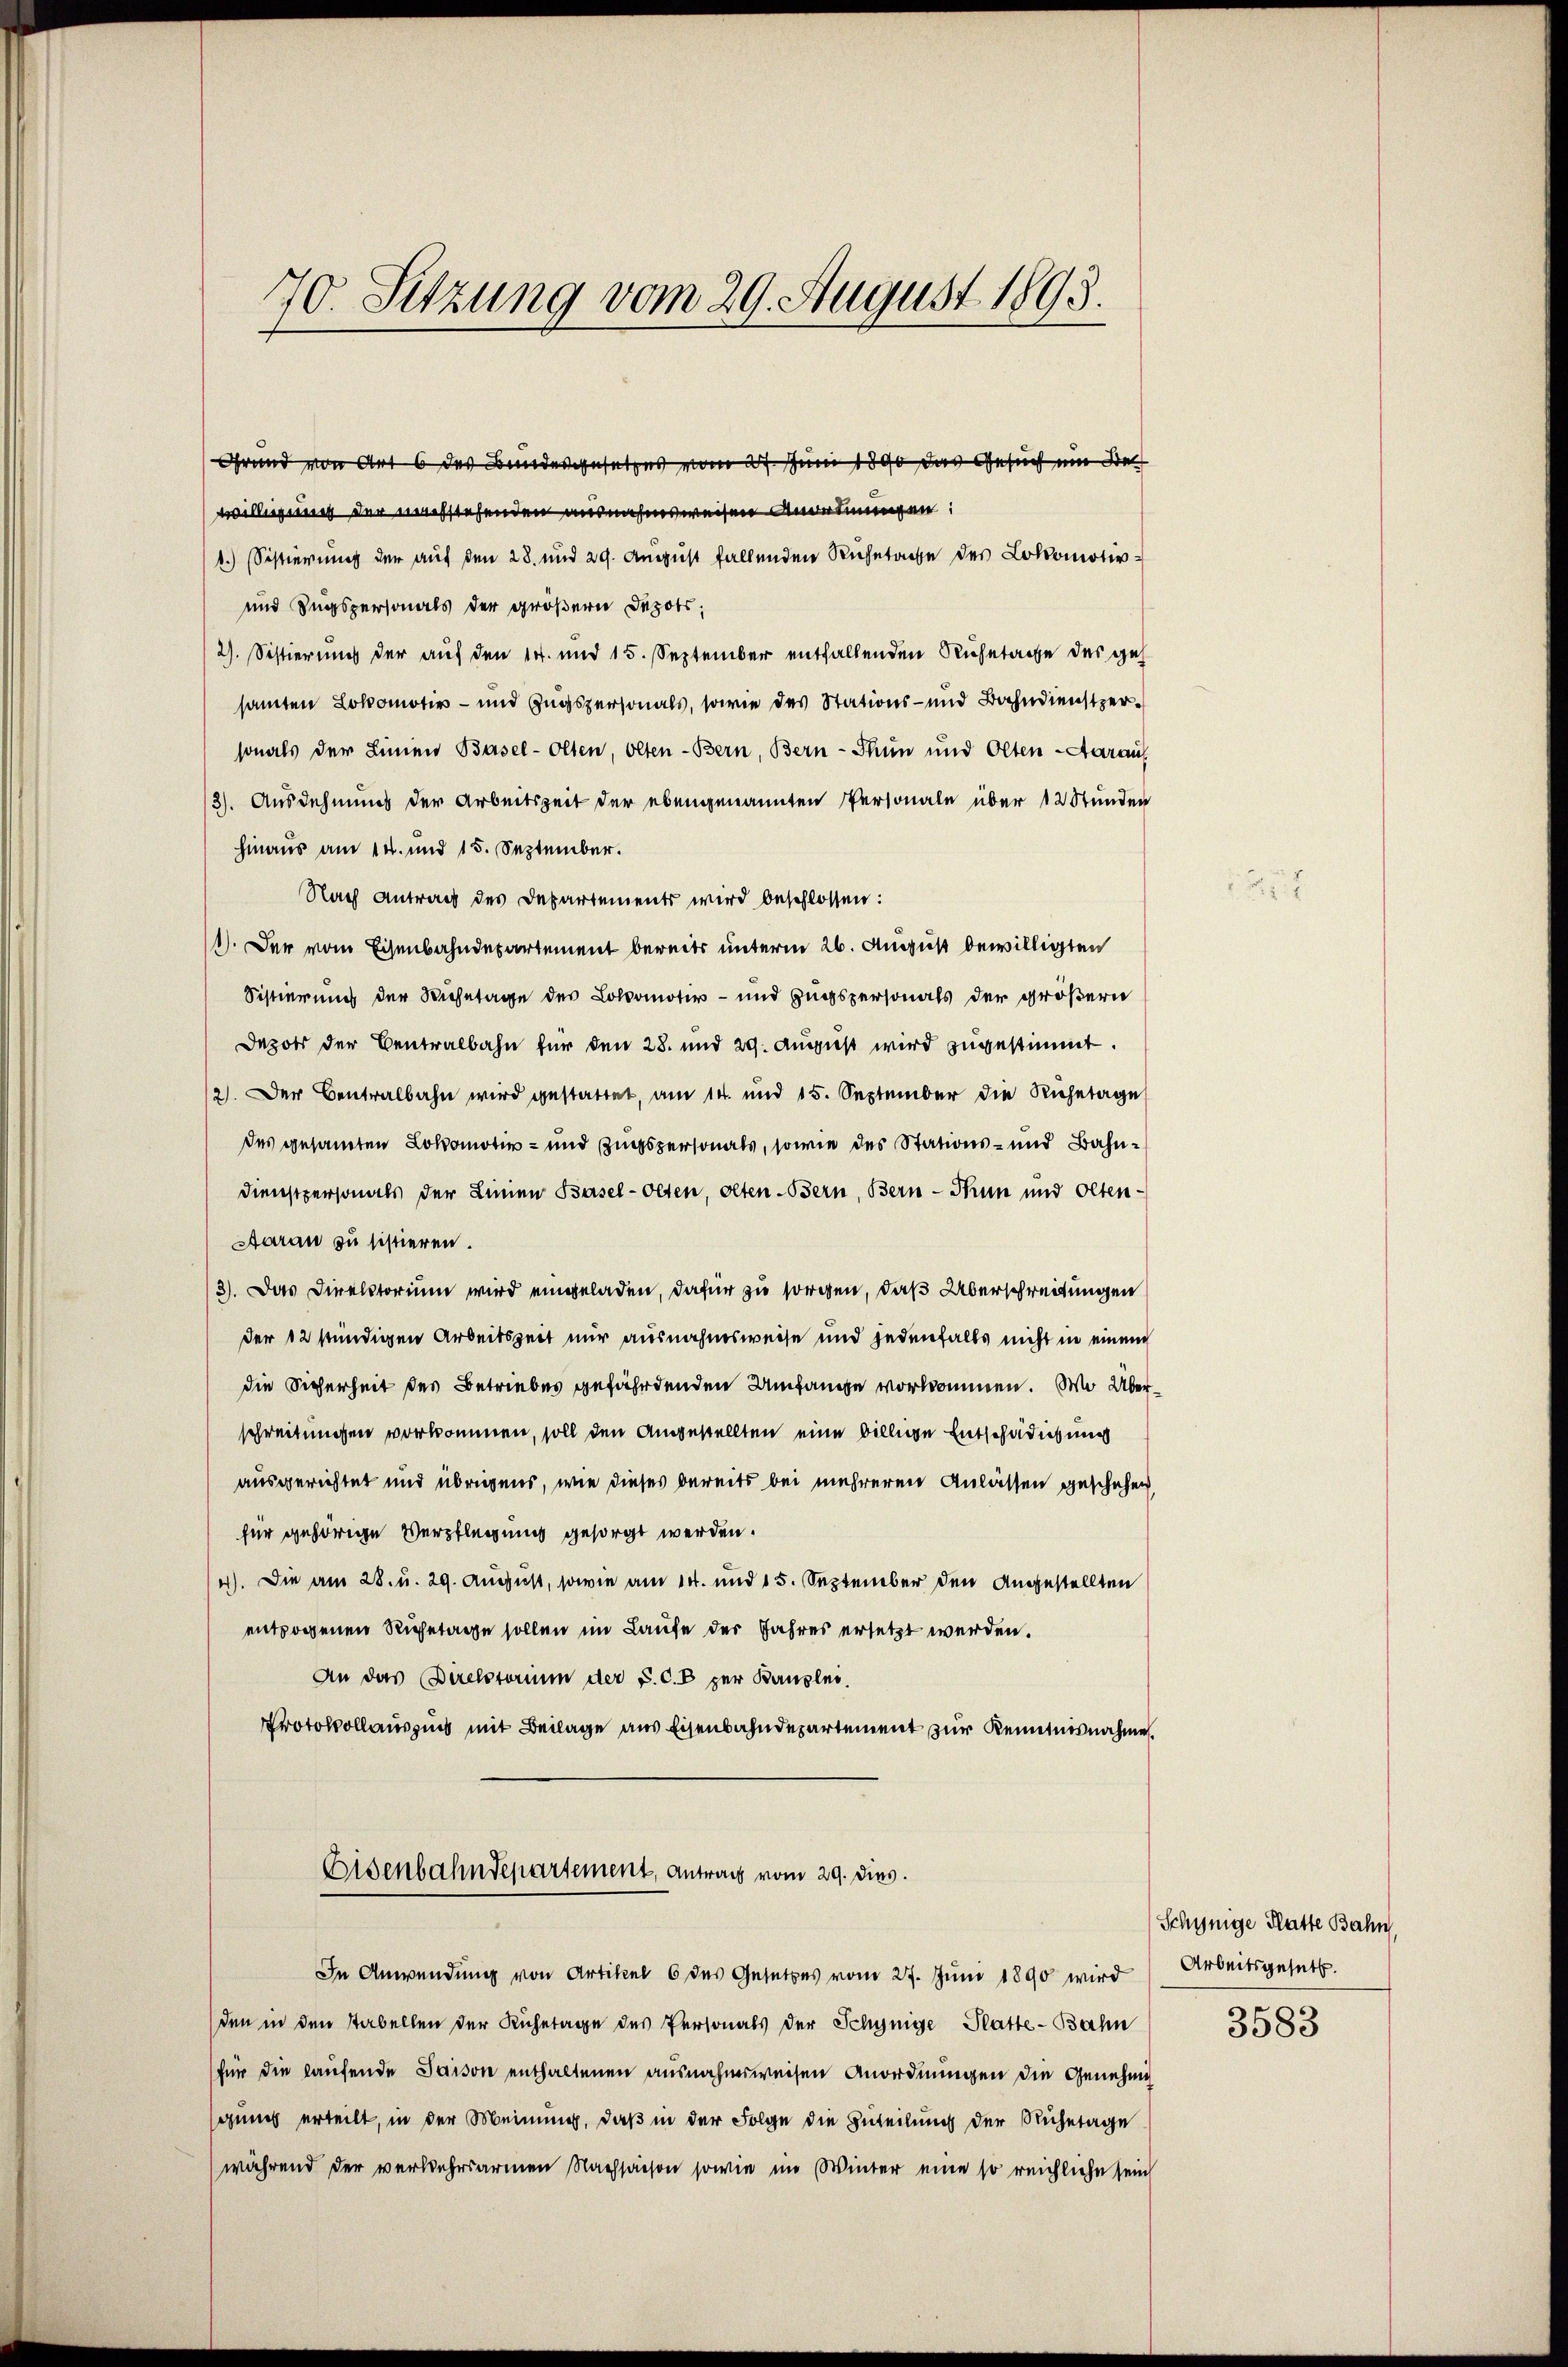
70. Sitzung vom 29. August 1893.

Grund von Art 6 des Bundesgesetzes vom 27. Juni 1890 das Gesuch ein de
willigung der nachstehenden ausnahmsweisen Anderungen:
1.) Sistierung der auf den 28. und 29. August fallenden Ruhetage des Lokomotiv¬
und Zugspersonals der größern Depots:
2). Sistierung der auf den 14. und 15. September entfallenden Ruhetage des ges
samten Lokomotiv- und Zugspersonals, sowie des Stations- und Bahndienstzersonals der Linien Basel-Olten, Olten-Bern, Bern - Thun und Olten Aarauf
3). Ausdehnung der Arbeitszeit der ebengenannten Personale über 12 Stunden
hinaus am 14. und 15. September.
Nach Antrag des Departements wird beschlossen:
1). Der vom Eisenbahndepartement bereits unterm 26. August bewilligten
Sistierung der Wisetage der Lokomotiv- und Zugspersonals der größern
Depots der Centralbahn für den 28. und 29. August wird zugestimmt.
2). Der Centralbahn wird gestattet, am 14. und 15. September die Ruhetage
des gesammten Lokomotiv- und Zugspersonals, sowie des Stations- und Bahn¬
Dienstpersonals der Linien Basel-Olten, olten. Bern, Bern - Thun und Olten¬
Aarau zu sistieren.
3). Das Direktorium wird eingeladen, dafür zu sorgen, daß Überschreitungen
der 12 stündigen Arbeitszeit nur ausnahmsweise und jedenfalls nicht in einem
die Sicherheit des Betriebes gefährdenden Umfange vorkommen. Wo Überschreitungen vorkommen, soll den Angestellten eine billige Entschädigung
ausgerichtet und übrigens, wie dieses bereits bei mehreren Anlassen geschehen
für gehörige Verpflegung gesorgt werden.
4). Die am 28. u. 29. August, sowie am 14. und 15. September den Angestellten
entzogenen Ruhetage sollen im Laufe der Jahres ersetzt werden.
An das Direktorium der P. C. B per Bauples.
Protokollauszins mit Beilage aus Eisenbahndepartement zur Kenntnisnahmen.
Eisenbahndepartement, Antrag vom 29. dies.
In Anwendung von Artikel 6 des Gesetzes vom 27. Juni 1890 wird
den in den stabellen der Ruhetage des Personals der Schynige Platte-Bahn
für die laufende Saison enthaltenen ausnahmsweisen Anordnungen die Genehmig
gung erteilt, in der Meinung, daß in der Folge die Zuteilung der Ruhetage
während der verkehrsarmen Nachsachen sowie im Winter eine so reichliche sein

Schynige Platte Bahn,
Arbeitsgesetz.

3583